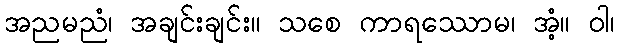
အညမညံ၊ အချင်းချင်း။ သစေ ကာရဿောမ၊ အံ့။ ဝါ၊